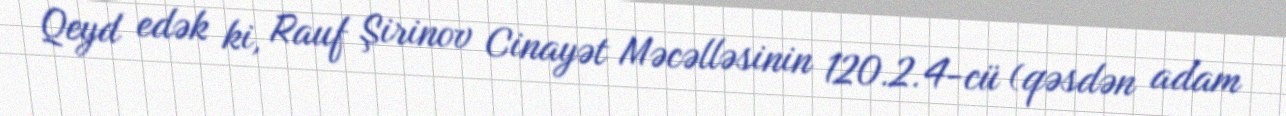
Qeyd edək ki, Rauf Şirinov Cinayət Məcəlləsinin 120.2.4-cü (qəsdən adam